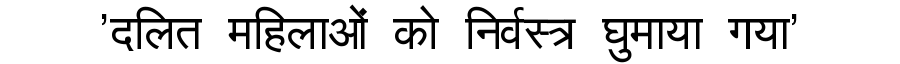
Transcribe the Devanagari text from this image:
'दलित महिलाओं को निर्वस्त्र घुमाया गया'